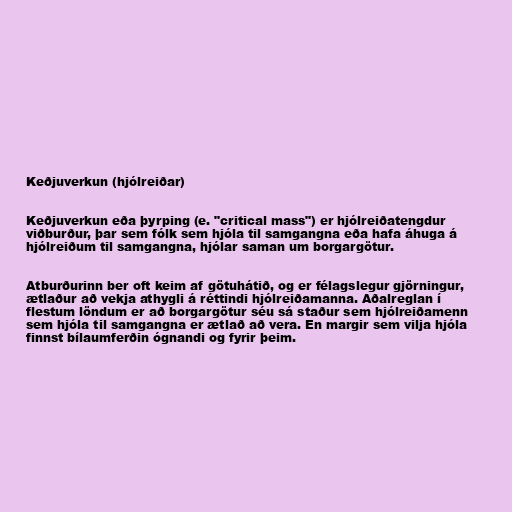
Keðjuverkun (hjólreiðar)

Keðjuverkun eða þyrping (e. "critical mass") er hjólreiðatengdur
viðburður, þar sem fólk sem hjóla til samgangna eða hafa áhuga á
hjólreiðum til samgangna, hjólar saman um borgargötur.

Atburðurinn ber oft keim af götuhátið, og er félagslegur gjörningur,
ætlaður að vekja athygli á réttindi hjólreiðamanna. Aðalreglan í
flestum löndum er að borgargötur séu sá staður sem hjólreiðamenn
sem hjóla til samgangna er ætlað að vera. En margir sem vilja hjóla
finnst bílaumferðin ógnandi og fyrir þeim.